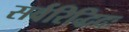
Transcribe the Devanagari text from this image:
सर्वरिद्धिदः